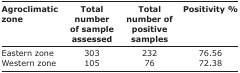
| Agroclimatic zone | Total number of sample assessed | Total number of positive samples | Positivity % |
 | --- | --- | --- | --- |
 | Eastern zone | 303 | 232 | 76.56 |
 | Western zone | 105 | 76 | 72.38 |